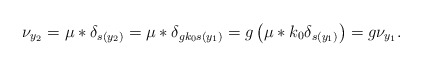
\begin{align*} \nu_{y_2} = \mu * \delta_{s(y_2)} = \mu * \delta_{gk_0 s(y_1)} = g \left(\mu * k_0 \delta_{ s(y_1)}\right) = g \nu_{y_1}.\end{align*}